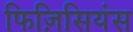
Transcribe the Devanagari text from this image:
फिज़िसियंस